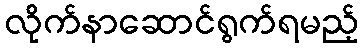
လိုက်နာဆောင်ရွက်ရမည့်